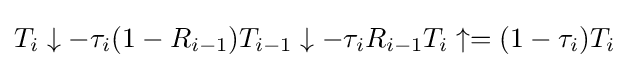
T_{i}\downarrow -\tau _{i}(1-R_{i-1})T_{i-1}\downarrow -\tau _{i}R_{i-1}T_{i}\uparrow =(1-\tau _{i})T_{i}